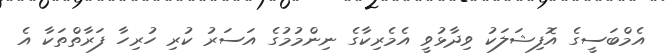
އެމްބަސީގެ އޮފިޝަލަކު ވިދާޅުވީ އެމެރިކާގެ ނިންމުމުގެ އަސަރު ކުރި ހުރިހާ ފަރާތްތަކާ އެ